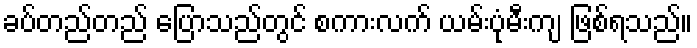
ခပ်တည်တည် ပြောသည်တွင် စကားလက် ယမ်းပုံမီးကျ ဖြစ်ရသည်။